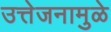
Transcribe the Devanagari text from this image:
उत्तेजनामुळे